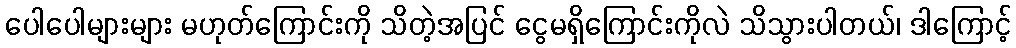
ပေါပေါများများ မဟုတ်ကြောင်းကို သိတဲ့အပြင် ငွေမရှိကြောင်းကိုလဲ သိသွားပါတယ်၊ ဒါကြောင့်